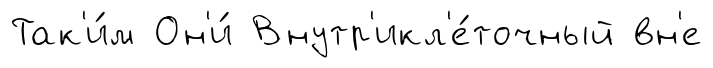
Так'и́м Он'и́ Внутр'икл'е́точный вн'е